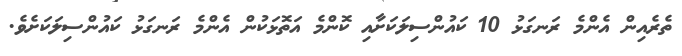
ތެރެއިން އެންމެ ރަނގަޅު 10 ކައުންސިލަކަށާއި ކޮންމެ އަތޮޅަކުން އެންމެ ރަނގަޅު ކައުންސިލަކަށެވެ.